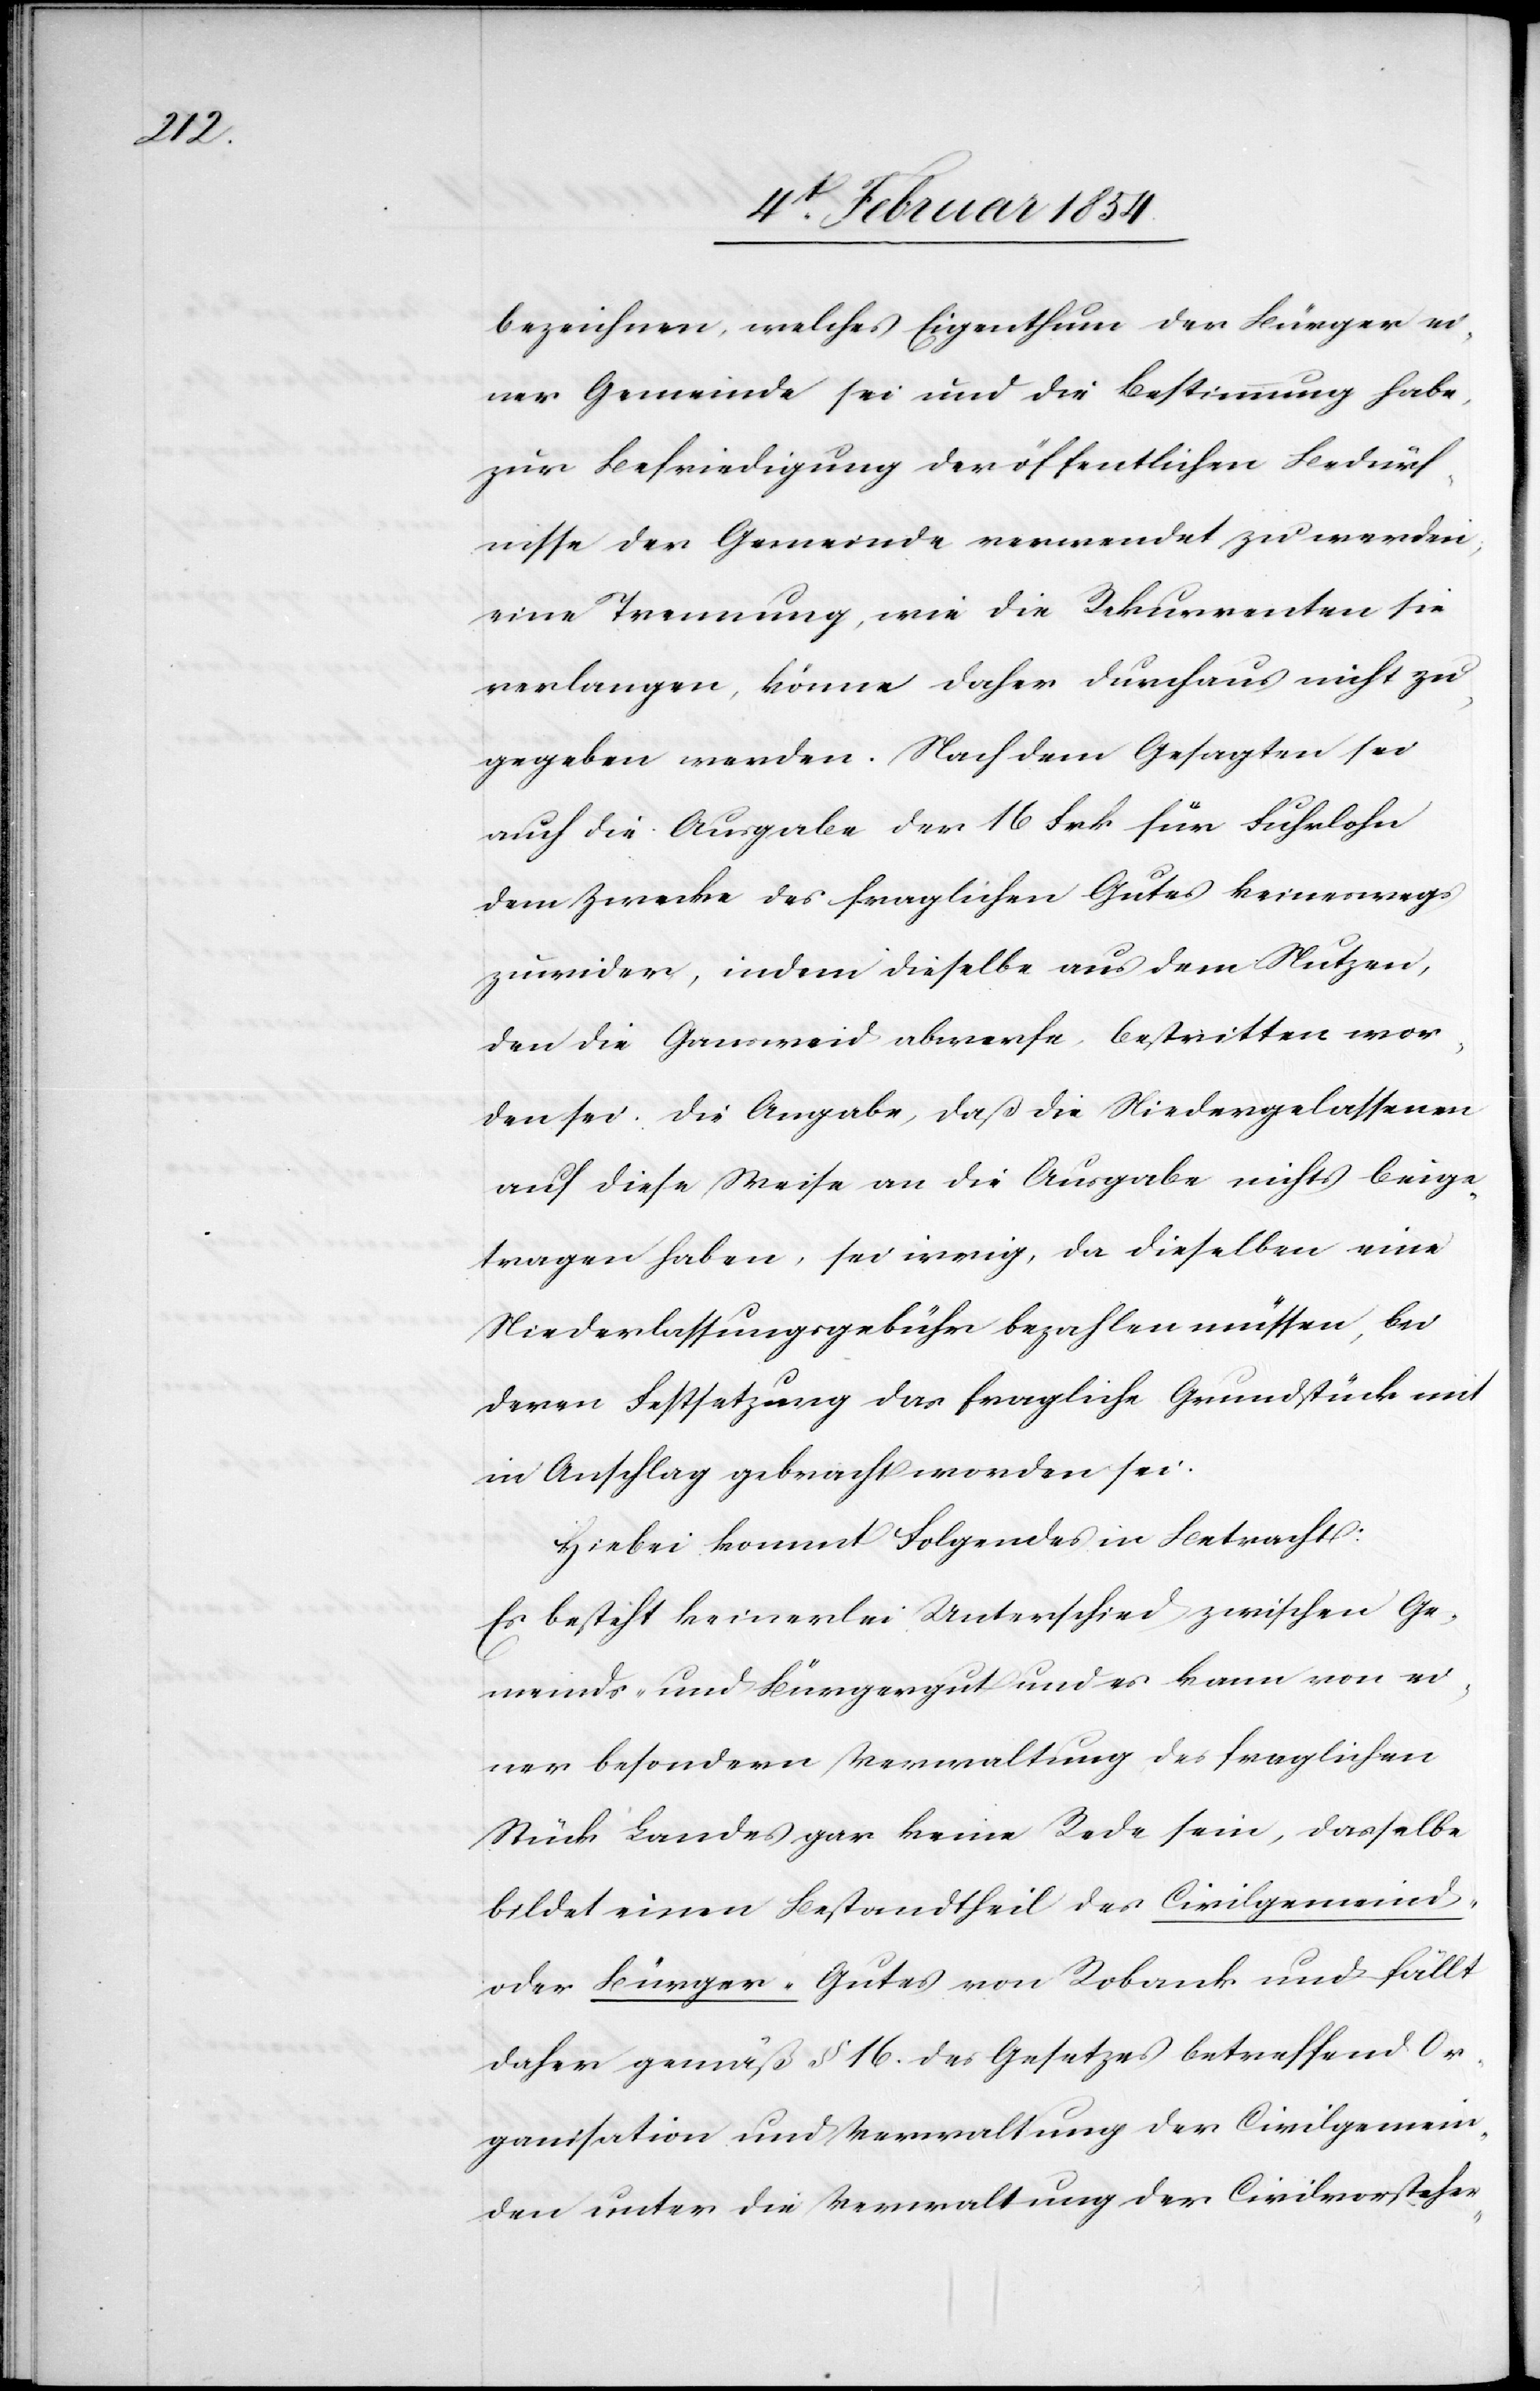
bezeichne, welches Eigenthum der Bürger ei¬
ner Gemeinde sei und die Bestimmung habe,
zur Befriedigung der öffentlichen Bedürf¬
nisse der Gemeinde verwendet zu werden;
eine Trennung, wie die Rekurrenten sie
verlangen, könne daher durchaus nicht zu¬
gegeben werden. Nach dem Gesagten sei
auch die Ausgabe der 16 Frk für Fuhrlohn
dem Zwecke des fraglichen Gutes keineswegs
zuwider, indem dieselbe aus dem Nutzen,
den die Gansweid abwerfe, bestritten wor¬
den sei. Die Angabe, daß die Niedergelassenen
auf diese Weise an die Ausgabe nichts beige¬
tragen haben, sei irrig, da dieselben eine
Niederlassungsgebühr bezahlen müssen, bei
deren Festsetzung das fragliche Grundstück mit
in Anschlag gebracht worden sei.
Hiebei kommt Folgendes in Betracht:
Es besteht keinerlei Unterschied zwischen Ge¬
meinds- und Bürgergut und es kann von ei¬
ner besondern Verwaltung des fraglichen
Stück Landes gar keine Rede sein, dasselbe
bildet einen Bestandtheil des Civilgemeind-
oder Bürger-Gutes von Robank und fällt
daher gemäß § 16. des Gesetzes betreffend Or¬
ganisation und Verwaltung der Civilgemein¬
de unter die Verwaltung der Civilvorsteher-